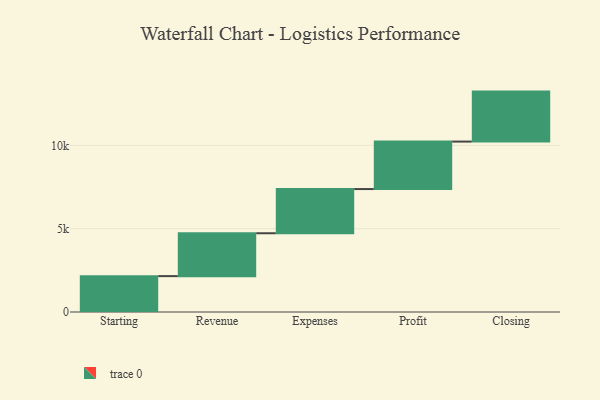
{"axis": {"x": "Step", "y": "Value"}, "legend": [""], "data": [{"x": "Starting", "y": 2153.0, "type": ""}, {"x": "Revenue", "y": 2574.0, "type": ""}, {"x": "Expenses", "y": 2652.0, "type": ""}, {"x": "Profit", "y": 2850.0, "type": ""}, {"x": "Closing", "y": 3000, "type": ""}]}